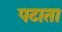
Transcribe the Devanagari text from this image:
पटाता